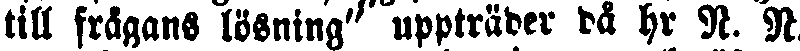
till frågans lösning" uppträder då hr N. N.